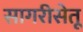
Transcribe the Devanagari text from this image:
सागरीसेतू